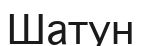
Шатун